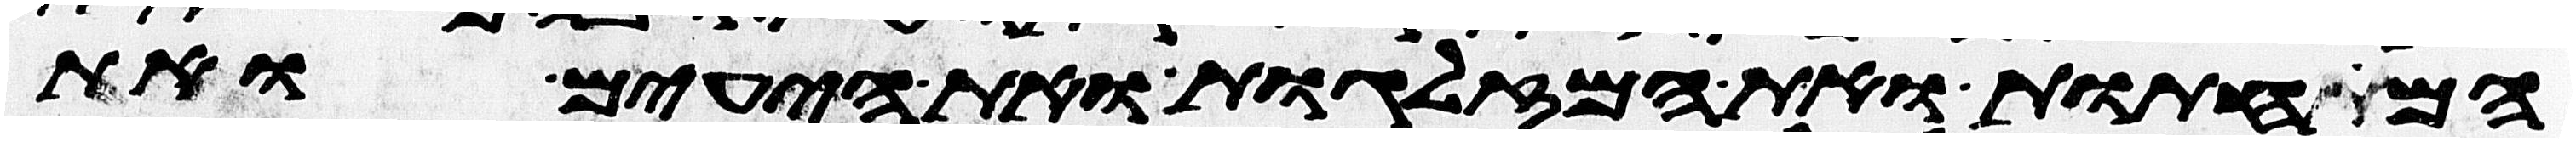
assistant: המחתות ואת המזלגות ואת היעים ואת